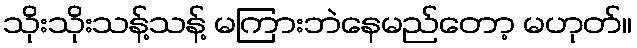
သိုးသိုးသန့်သန့် မကြားဘဲနေမည်တော့ မဟုတ်။